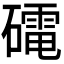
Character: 𮁋